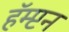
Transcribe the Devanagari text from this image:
हॅम्प्टन